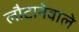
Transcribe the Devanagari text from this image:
लौटानेवाले